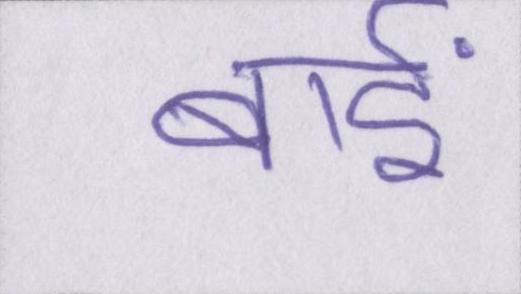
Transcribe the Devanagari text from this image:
बाईं